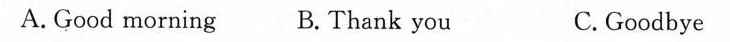
A.Good morning B.Thank you C.Goodbye